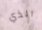
الذي